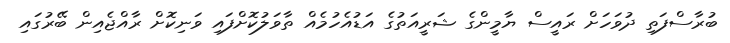
ބުރާސްފަތި ދުވަހަށް ރައީސް ޔާމީންގެ ޝަރީއަތުގެ އަޑުއެހުމެއް ތާވަލުކޮށްފައި ވަނިކޮށް ރާއްޖެއިން ބޭރުގައި